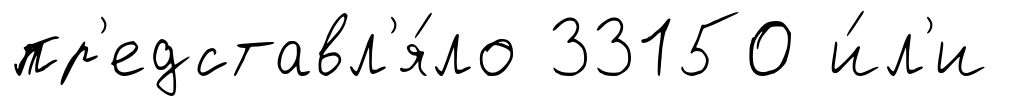
пр'едставл'я́ло 33150 и́л'и